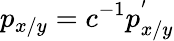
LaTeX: p_{x/y}=c^{-1}p_{x/y}^{'}